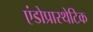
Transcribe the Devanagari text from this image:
एंडोप्रास्थेटिक